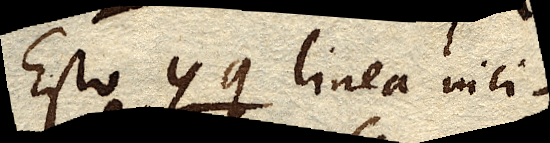
Esto qg linea inci–